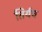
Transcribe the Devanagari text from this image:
तिर्यच